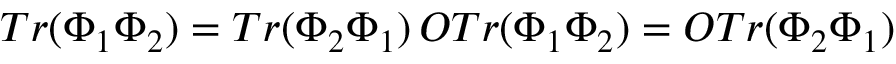
T r ( \Phi _ { 1 } \Phi _ { 2 } ) = T r ( \Phi _ { 2 } \Phi _ { 1 } ) \, O T r ( \Phi _ { 1 } \Phi _ { 2 } ) = O T r ( \Phi _ { 2 } \Phi _ { 1 } )